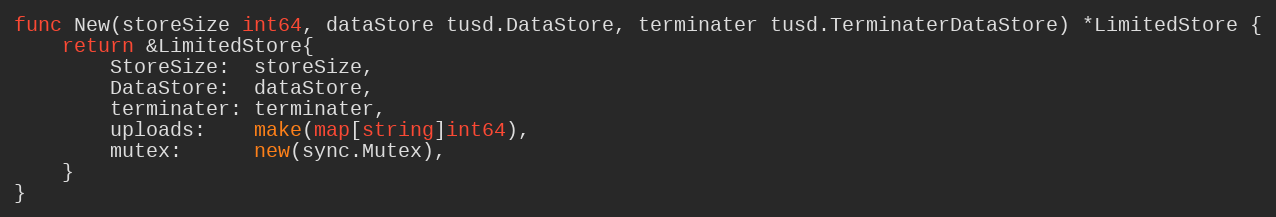
Language: Go
func New(storeSize int64, dataStore tusd.DataStore, terminater tusd.TerminaterDataStore) *LimitedStore {
	return &LimitedStore{
		StoreSize:  storeSize,
		DataStore:  dataStore,
		terminater: terminater,
		uploads:    make(map[string]int64),
		mutex:      new(sync.Mutex),
	}
}